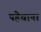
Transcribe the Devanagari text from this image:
पहेचाना